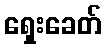
ရှေးခေတ်